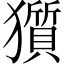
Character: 𤢽